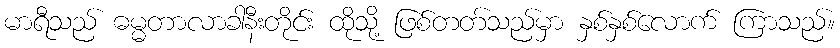
မာရီသည် ဓမ္မတာလာခါနီးတိုင်း ထိုသို့ ဖြစ်တတ်သည်မှာ နှစ်နှစ်လောက် ကြာသည်။